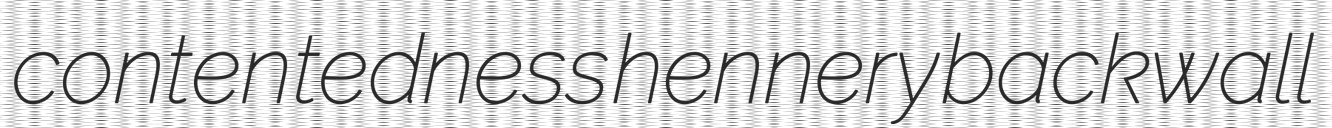
contentedness hennery backwall